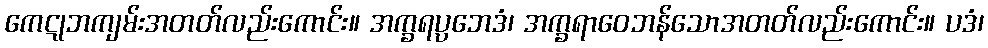
ကေဋုဘကျမ်းအတတ်လည်းကောင်း။ အက္ခရပ္ပဘေဒံ၊ အက္ခရာဝေဘန်သောအတတ်လည်းကောင်း။ ပဒံ၊